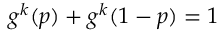
\begin{array} { r } { g ^ { k } ( p ) + g ^ { k } ( 1 - p ) = 1 } \end{array}